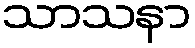
သာသနာ